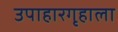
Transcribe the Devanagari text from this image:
उपाहारगृहाला